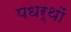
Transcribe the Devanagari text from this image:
पधर्थों